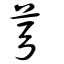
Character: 芎